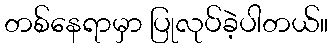
တစ်နေရာမှာ ပြုလုပ်ခဲ့ပါတယ်။